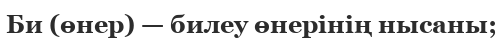
Би (өнер) — билеу өнерінің нысаны;